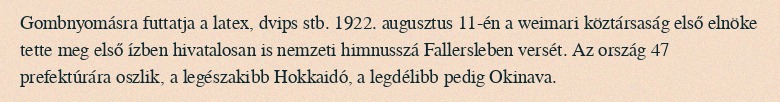
Gombnyomásra futtatja a latex, dvips stb. 1922. augusztus 11-én a weimari köztársaság első elnöke tette meg első ízben hivatalosan is nemzeti himnusszá Fallersleben versét. Az ország 47 prefektúrára oszlik, a legészakibb Hokkaidó, a legdélibb pedig Okinava.